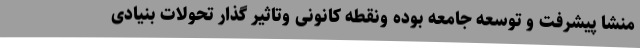
منشا پیشرفت و توسعه جامعه بوده ونقطه کانونی وتاثیر گذار تحولات بنیادی